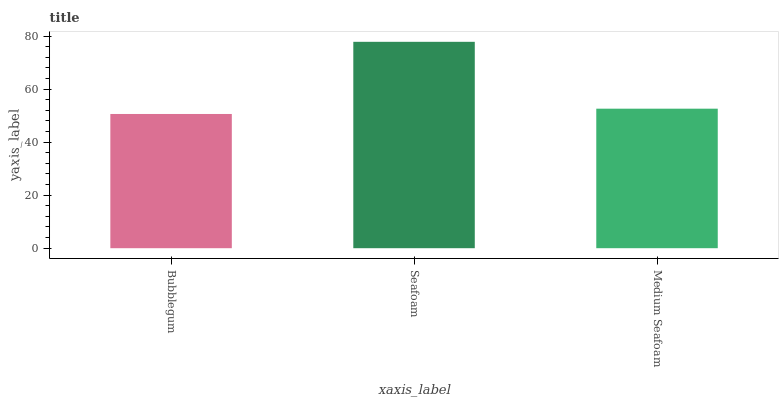
| xaxis_label | bars |
 | --- | --- |
 | Bubblegum | 50.6 |
 | Seafoam | 77.8 |
 | Medium Seafoam | 52.6 |